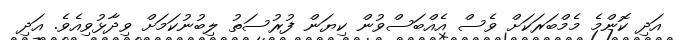
އަދި ކޮންމެ މެމްބަރަކަށް ވެސް އެއްބަސްވުން ކިޔަން ފުރުސަތު ލިބުނުކަމަށް ވިދާޅުވިއެވެ. އަދި